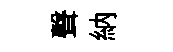
聲納